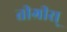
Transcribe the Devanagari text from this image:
तीग्रीस्